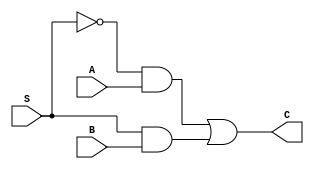
module two_one_multi (S, A, B, C);
  input wire S,A,B;
  output wire C;

  wire notS, notSandA, SandB;

  not #1 g1(notS,S);
  and #2 g2_1(notSandA,notS,A);
  and #2 g2_2(SandB,S,B);
  or  #2 g3(C,notSandA,SandB);

endmodule